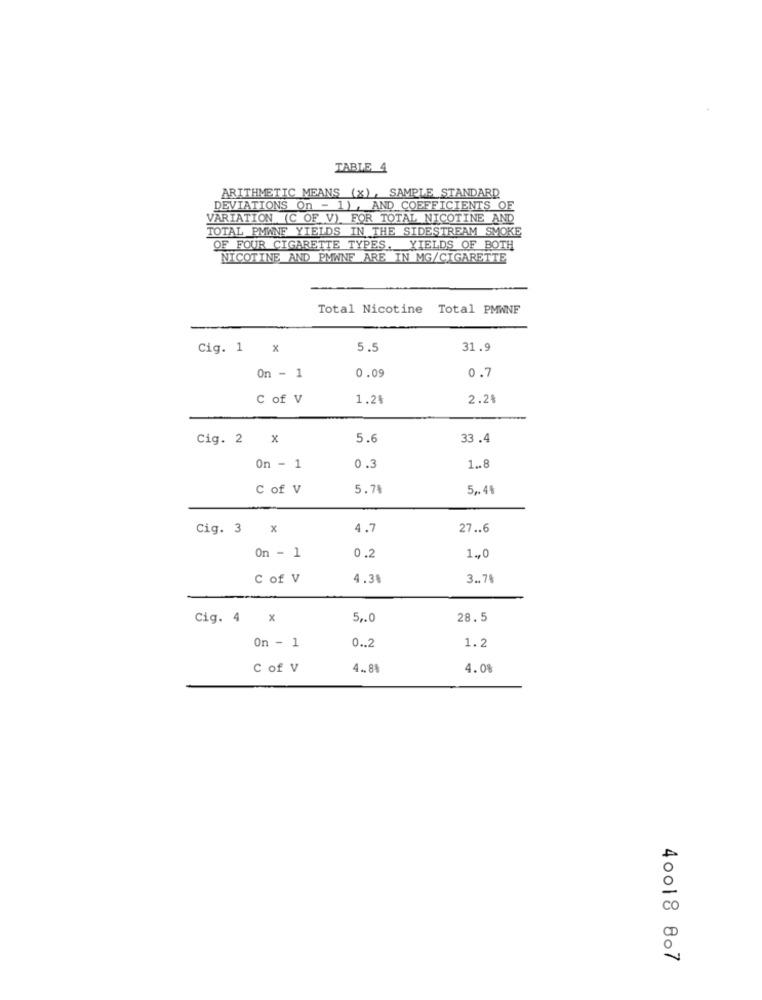
TABLE 4
ARITHMETIC MEANS (x), SAMPLE STANDARD
DEVIATIONS On - 1), AND COEFFICIENTS OF
VARIATION (C OF V) FOR TOTAL NICOTINE AND
TOTAL PMWNF YIELDS IN THE SIDESTREAM SMOKE
OF FOUR CIGARETTE TYPES. YIELDS OF BOTH
NICOTINE AND PMWNF ARE IN MG/CIGARETTE
Total Nicotine Total PMWNF
Cig. 1 x
31.9
0.09
0.7
On - 1
C of V
1.2%
2.21
Cig. 2 X
5.6
33.4
On - 1
0.3
1 .. 8
C of V
5.78
5 ,. 48
Cig. 3 x
4.7
27 .. 6
0.2
On - 1
1 ., 0
C of V
4.3%
3 .. 74
Cig. 4 x
5 ,. 0
28.5
1.2
On - 1
0 .. 2
C of V
4 .. 84
4.08
D
0,
40018 807